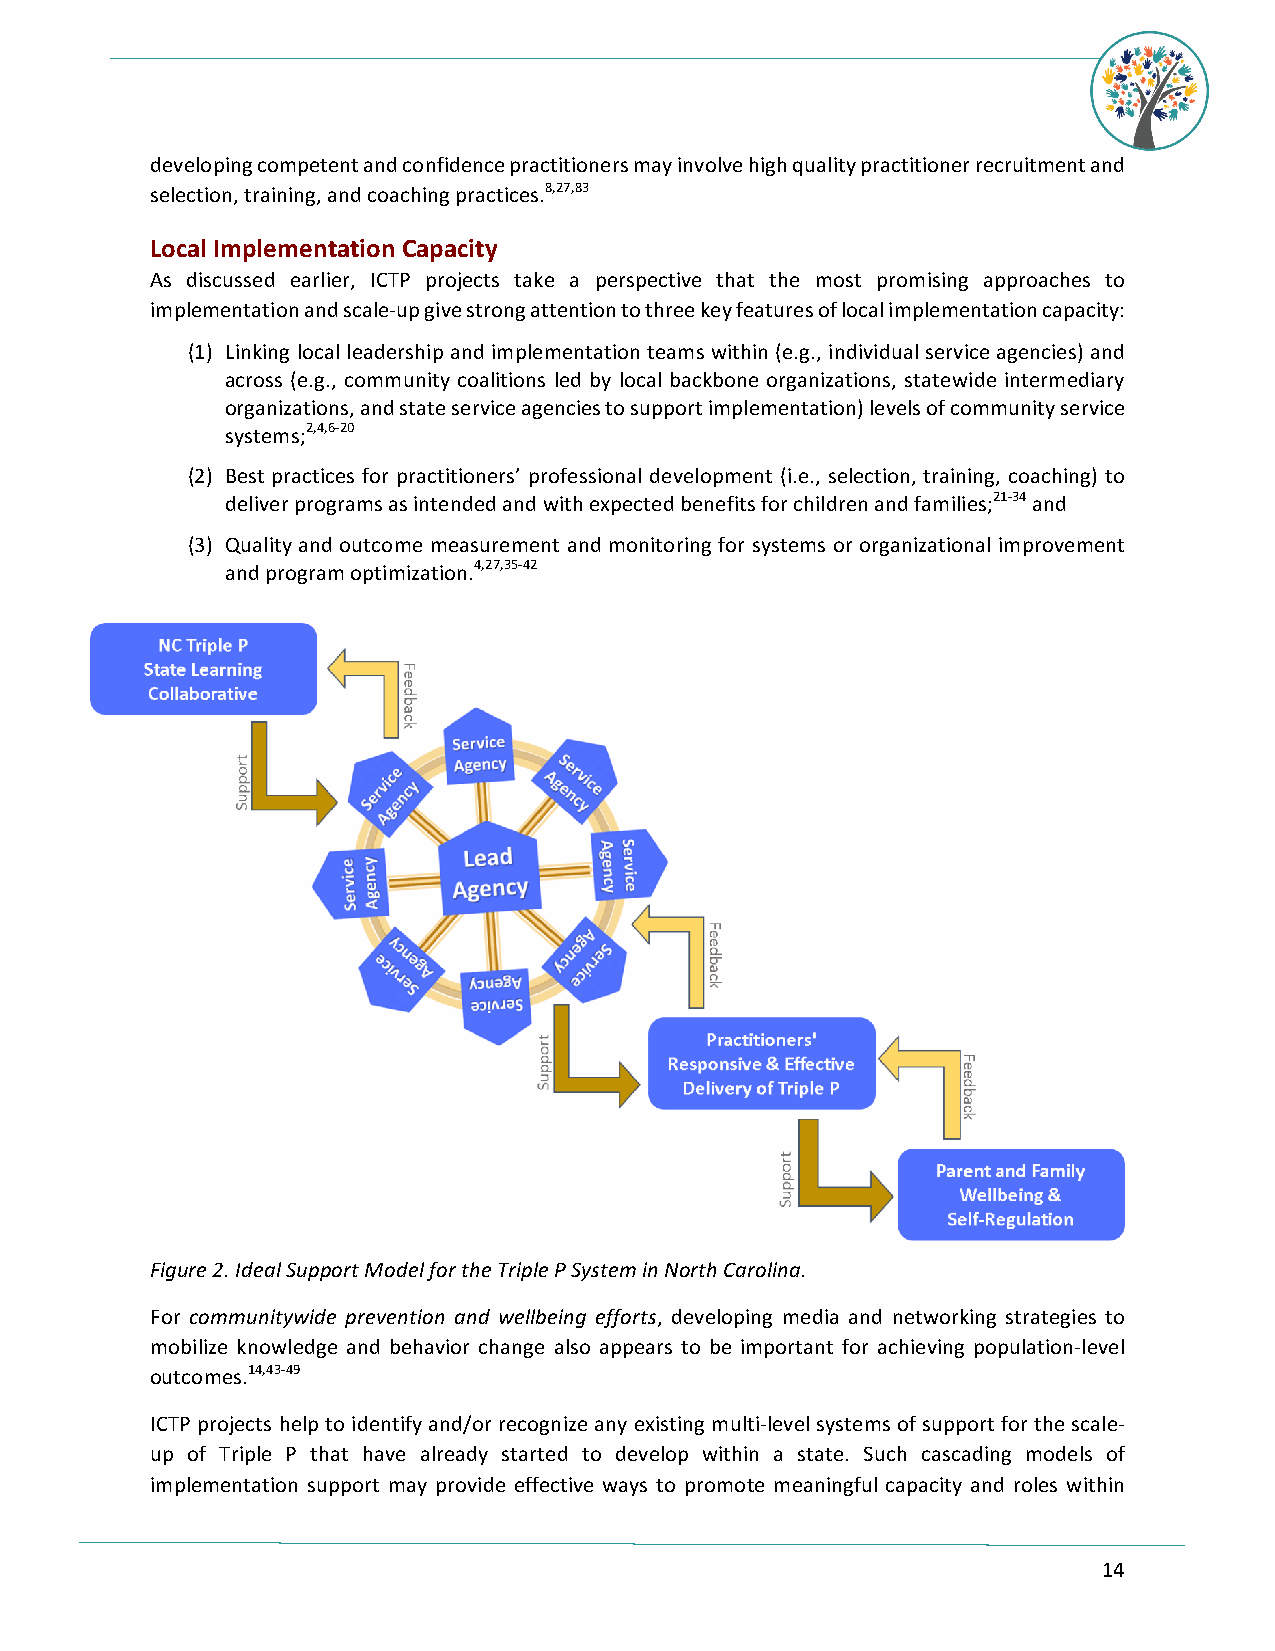
developing competent and confidence practitioners may involve high quality practitioner recruitment and
 selection, training, and coaching practices.8,27,83
 Local Implementation Capacity
 As discussed earlier, ICTP projects take a perspective that the most promising approaches to
 implementation and scale-up give strong attention to three key features of local implementation capacity:
 (1) Linking local leadership and implementation teams within (e.g., individual service agencies) and
 across (e.g., community coalitions led by local backbone organizations, statewide intermediary
 organizations, and state service agencies to support implementation) levels of community service
 systems;2,4,6-20
 (2) Best practices for practitioners’ professional development (i.e., selection, training, coaching) to
 deliver programs as intended and with expected benefits for children and families;21-34 and
 (3) Quality and outcome measurement and monitoring for systems or organizational improvement
 and program optimization.4,27,35-42
 Figure 2. Ideal Support Model for the Triple P System in North Carolina.
 For communitywide prevention and wellbeing efforts, developing media and networking strategies to
 mobilize knowledge and behavior change also appears to be important for achieving population-level
 outcomes.14,43-49
 ICTP projects help to identify and/or recognize any existing multi-level systems of support for the scale-
 up of Triple P that have already started to develop within a state. Such cascading models of
 implementation support may provide effective ways to promote meaningful capacity and roles within
 14